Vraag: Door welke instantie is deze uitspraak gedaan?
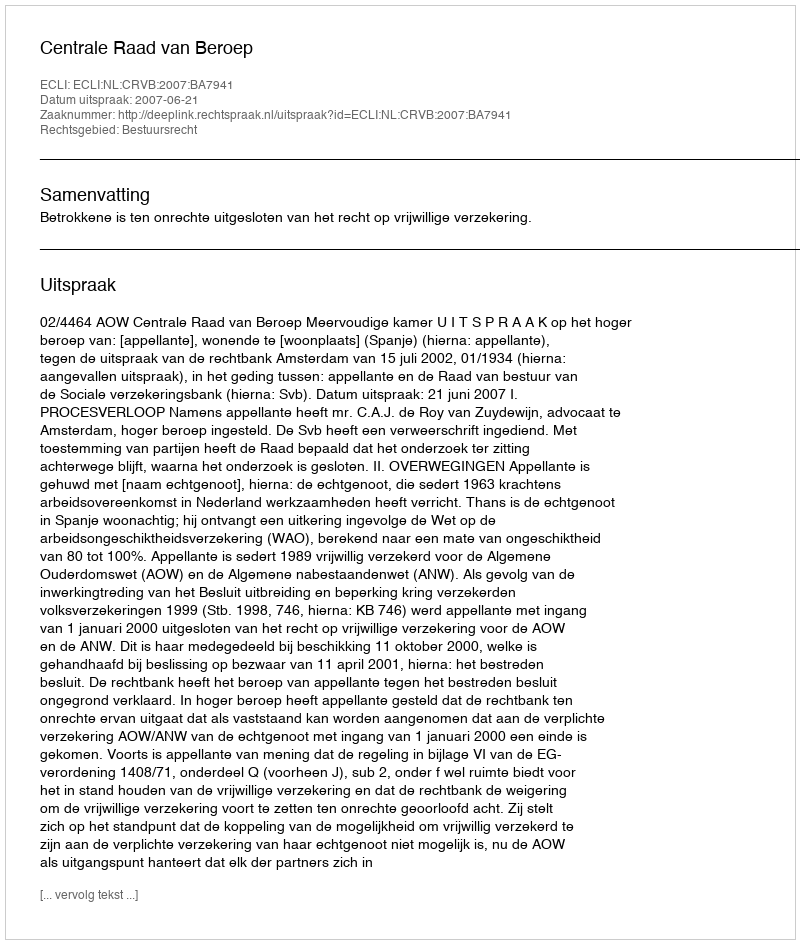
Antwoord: Centrale Raad van Beroep